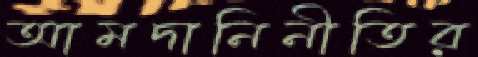
আমদানিনীতির